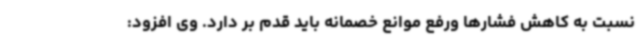
نسبت به کاهش فشارها ورفع موانع خصمانه باید قدم بر دارد. وی افزود: